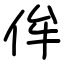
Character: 侔